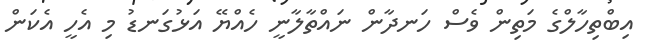
އިބްތިހާލްގެ މަތިން ވެސް ހަނދާން ނައްތާލާނީ ހެއްޔޭ އަޅުގަނޑު މި އެހީ އެކަން